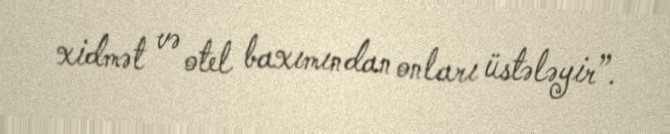
xidmət və otel baxımından onları üstələyir”.